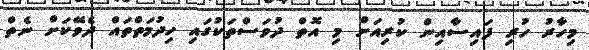
މިހާރު ހުރި ފައިސާއިން ކުރިއަށް މި އޮތް ދުވަސްތަކުގައި ހިދުމަތްތައް ދެވޭކަށް ނެތް